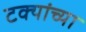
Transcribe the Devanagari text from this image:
टक्यांच्या